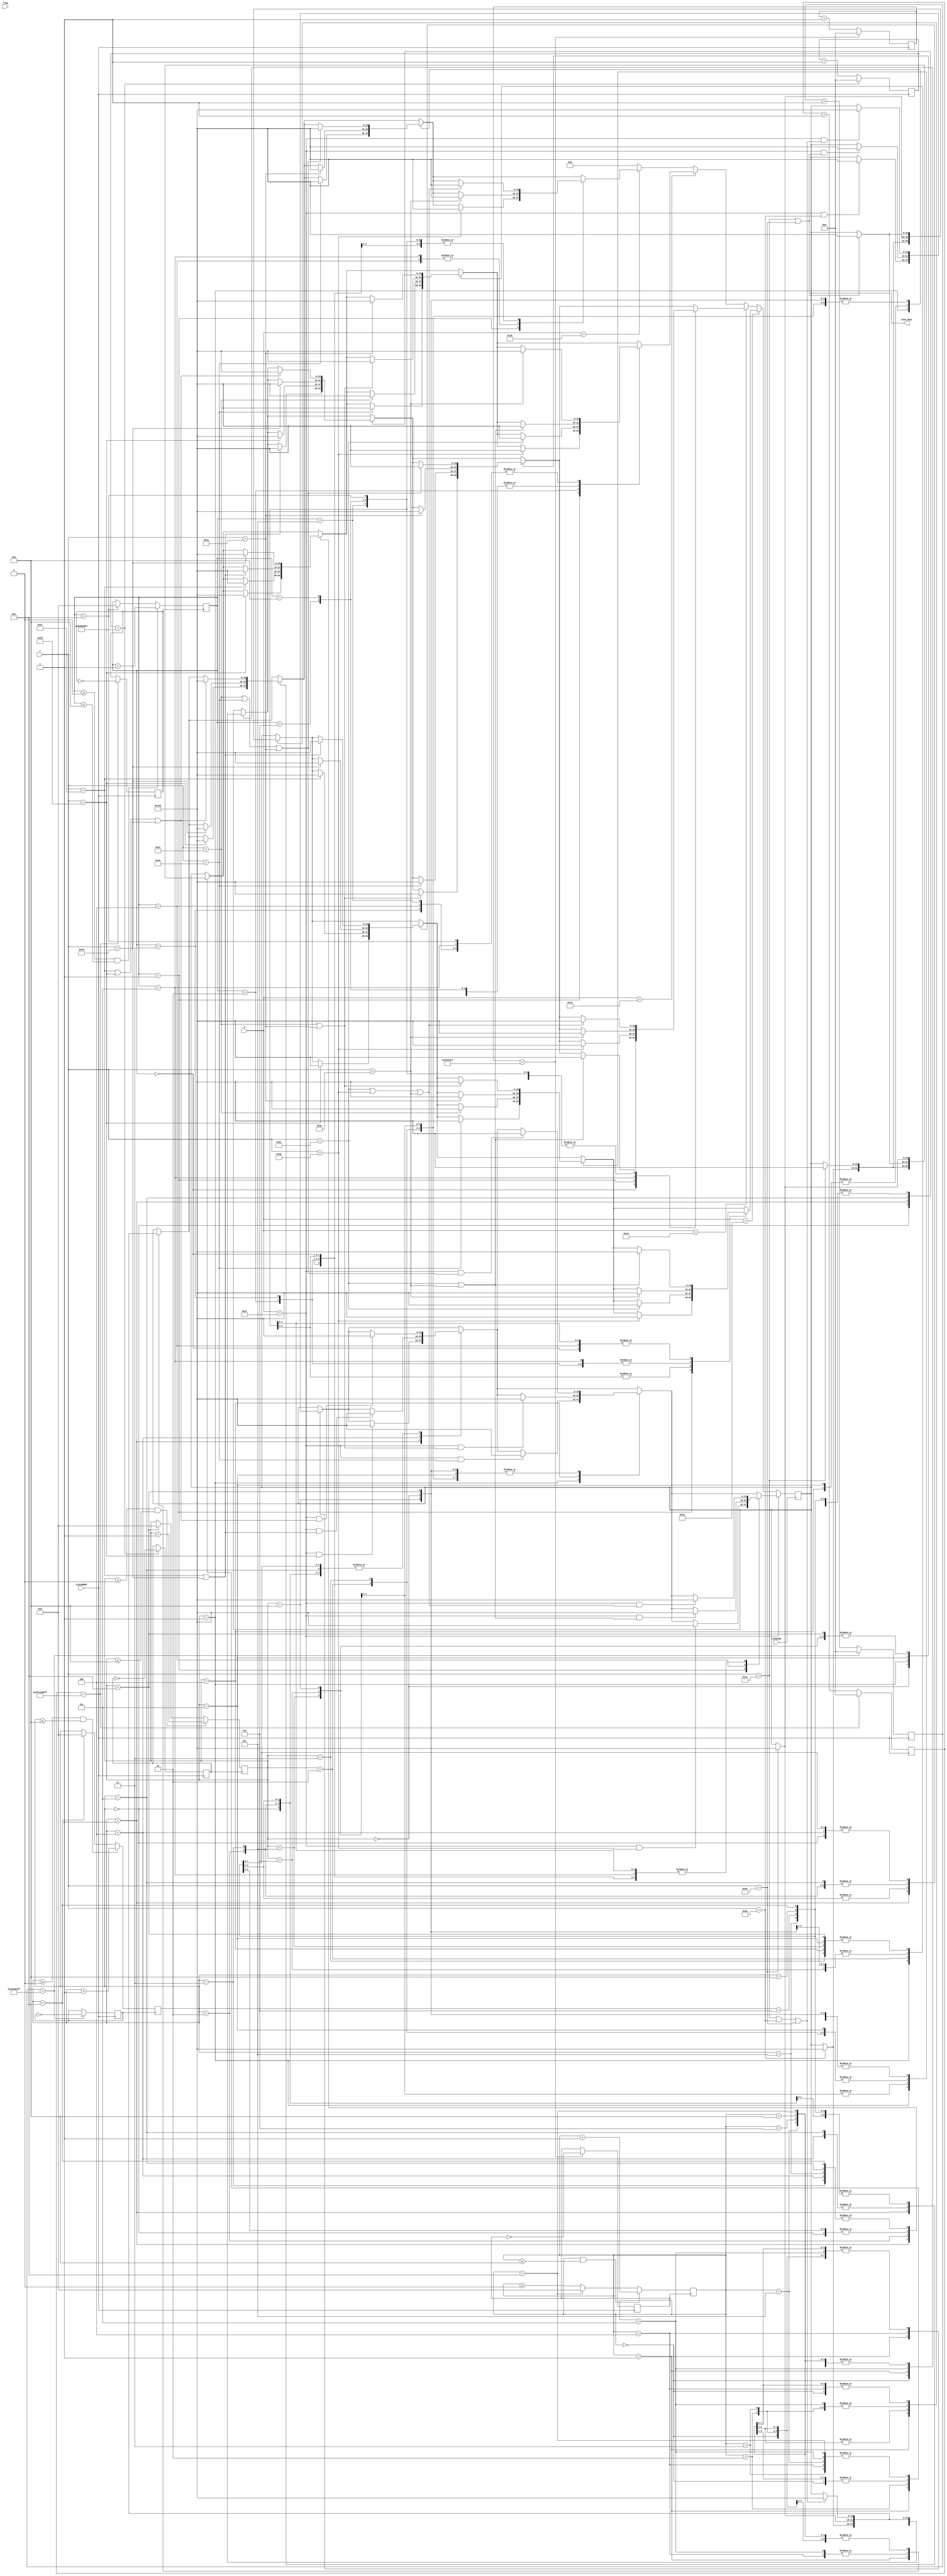
`timescale 1ns / 1ps
//////////////////////////////////////////////////////////////////////////////////
// Company: 
// Engineer: 
// 
// Design Name: 
// Module Name: clock_display
// Project Name: 
// Target Devices: 
// Tool Versions: 
// Description: 
// 
// Dependencies: 
// 
// Revision:
// Revision 0.01 - File Created
// Additional Comments:
// 
//////////////////////////////////////////////////////////////////////////////////


module clock_display(
    input CLK100MHZ,
    input clk6p25m,
    input [3:0] flag,
    input [6:0] x,
    input [5:0] y,
    
    output reg [15:0]oled_data  
    
    );
    reg [15:0] RED = 16'hF800, GREEN = 16'h07E0, YELLOW = 16'hFFE0;
    reg [34:0] sec0 = 35'd49999999;
    reg [34:0] sec1 = 35'd499999999;
    reg [34:0] min0 = 35'd2999999999;
    reg [34:0] min1 = 35'd29999999999;
    
    reg [34:0] countsec0 = 0;
    reg [34:0] countsec1 = 0;
    reg [34:0] countmin0 = 0;
    reg [34:0] countmin1 = 0;
    
    reg clksec0 = 0;
    reg clksec1 = 0;
    reg clkmin0 = 0;
    reg clkmin1 = 0;
    
    reg [3:0] sec0_cases = 0;
        reg [3:0] sec1_cases = 0;
            reg [3:0] min0_cases = 0;
                reg [3:0] min1_cases = 0;
    always @ (posedge CLK100MHZ) begin
        countsec0 <= (countsec0 == sec0) ? 0 : countsec0 + 1;
        clksec0 <= (countsec0 == sec0) ? ~clksec0 : clksec0;
        
        countsec1 <= (countsec1 == sec1) ? 0 : countsec1 + 1;
        clksec1 <= (countsec1 == sec1) ? ~clksec1 : clksec1;      
        
        countmin0 <= (countmin0 == min0) ? 0 : countmin0 + 1;
        clkmin0 <= (countmin0 == min0) ? ~clkmin0 : clkmin0;
        
        countmin1 <= (countmin1 == min1) ? 0 : countmin1 + 1;
        clkmin1 <= (countmin1 == min1) ? ~clkmin1 : clkmin1;
        
    end
    
    always @ (posedge clksec0) begin
        if (sec0_cases >= 0 && sec0_cases <= 8)
        sec0_cases <= sec0_cases + 1;
        else if (sec0_cases == 9)
        sec0_cases <= 0;
    end     
    always @ (posedge clksec1) begin
        if (sec1_cases >= 0 && sec1_cases <= 8)
        sec1_cases <= sec1_cases + 1;
        else if (sec1_cases == 9)
        sec1_cases <= 0;
    end   
    always @ (posedge clkmin0) begin
        if (min0_cases >= 0 && min0_cases <= 8)
        min0_cases <= min0_cases + 1;
        else if (min0_cases == 9)
        min0_cases <= 0;
    end   
    always @ (posedge clkmin1) begin
        if (min1_cases >= 0 && min1_cases <= 8)
        min1_cases <= min1_cases + 1;
        else if (min1_cases == 9)
        min1_cases <= 0;
    end    
    
    always @ (posedge clk6p25m) begin
        if (y == 17) begin
            case (sec0_cases)
                0 : begin
                    if ((y == 17) && (x == 76 || x == 77 || x == 78)) begin
                        oled_data <= GREEN;
                    end
                    end
                1 : begin
                    if ((y == 17) &&(x == 77)) begin
                        oled_data <= GREEN;
                    end
                    end
                2 : begin
                    if ((y == 17) &&(x == 76 || x == 77 || x == 78)) begin
                        oled_data <= GREEN;
                    end
                    end
                3 : begin
                    if ((y == 17) &&(x == 76 || x == 77 || x == 78)) begin
                        oled_data <= GREEN;
                    end
                    end
                4 : begin
                    if ((y == 17) &&(x == 76 || x == 78)) begin
                        oled_data <= GREEN;
                    end
                    end       
                5 : begin
                    if ((y == 17) &&(x == 76 || x == 77 || x == 78)) begin
                        oled_data <= GREEN;
                    end
                    end         
                6 : begin
                    if ((y == 17) &&(x == 76 || x == 77 || x == 78)) begin
                        oled_data <= GREEN;
                    end
                    end     
                7 : begin
                    if ((y == 17) &&(x == 76 || x == 77 || x == 78)) begin
                        oled_data <= GREEN;
                    end
                    end         
                8 : begin
                    if ((y == 17) &&(x == 76 || x == 77 || x == 78)) begin
                        oled_data <= GREEN;
                    end
                    end         
                9 : begin
                    if ((y == 17) &&(x == 76 || x == 77 || x == 78)) begin
                        oled_data <= GREEN;
                    end
                    end                                          
            endcase
            case (sec1_cases)
                0 : begin
                    if ((y == 17) &&(x == 71 || x == 72 || x == 73)) begin
                        oled_data <= GREEN;
                    end
                    end
                1 : begin
                    if ((y == 17) &&(x == 72)) begin
                        oled_data <= GREEN;
                    end
                    end
                2 : begin
                    if ((y == 17) &&(x == 71 || x == 72 || x == 73)) begin
                        oled_data <= GREEN;
                    end
                    end
                3 : begin
                    if ((y == 17) &&(x == 71 || x == 72 || x == 73)) begin
                        oled_data <= GREEN;
                    end
                    end
                4 : begin
                    if ((y == 17) &&(x == 71 || x == 73)) begin
                        oled_data <= GREEN;
                    end
                    end       
                5 : begin
                    if ((y == 17) &&(x == 71 || x == 72 || x == 73)) begin
                        oled_data <= GREEN;
                    end
                    end         
                6 : begin
                    if ((y == 17) &&(x == 71 || x == 72 || x == 73)) begin
                        oled_data <= GREEN;
                    end
                    end     
                7 : begin
                    if ((y == 17) &&(x == 71 || x == 72 || x == 73)) begin
                        oled_data <= GREEN;
                    end
                    end         
                8 : begin
                    if ((y == 17) &&(x == 71 || x == 72 || x == 73)) begin
                        oled_data <= GREEN;
                    end
                    end         
                9 : begin
                    if ((y == 17) &&(x == 71 || x == 72 || x == 73)) begin
                        oled_data <= GREEN;
                    end
                    end                                          
            endcase
            case (min0_cases)
                0 : begin
                    if ((y == 17) &&(x == 65 || x == 66 || x == 67)) begin
                        oled_data <= GREEN;
                    end
                    end
                1 : begin
                    if ((y == 17) &&(x == 66)) begin
                        oled_data <= GREEN;
                    end
                    end
                2 : begin
                    if ((y == 17) &&(x == 65 || x == 66 || x == 67)) begin
                        oled_data <= GREEN;
                    end
                    end
                3 : begin
                    if ((y == 17) &&(x == 65 || x == 66 || x == 67)) begin
                        oled_data <= GREEN;
                    end
                    end
                4 : begin
                    if ((y == 17) &&(x == 65 || x == 67)) begin
                        oled_data <= GREEN;
                    end
                    end       
                5 : begin
                    if ((y == 17) &&(x == 65 || x == 66 || x == 67)) begin
                        oled_data <= GREEN;
                    end
                    end         
                6 : begin
                    if ((y == 17) &&(x == 65 || x == 66 || x == 67)) begin
                        oled_data <= GREEN;
                    end
                    end     
                7 : begin
                    if ((y == 17) &&(x == 65 || x == 66|| x == 67)) begin
                        oled_data <= GREEN;
                    end
                    end         
                8 : begin
                    if ((y == 17) &&(x == 65 || x == 66 || x == 67)) begin
                        oled_data <= GREEN;
                    end
                    end         
                9 : begin
                    if ((y == 17) &&(x == 65 || x == 66 || x == 67)) begin
                        oled_data <= GREEN;
                    end
                    end                                          
            endcase
            case (min1_cases)
                0 : begin
                    if ((y == 17) &&(x == 60 || x == 61 || x == 62)) begin
                        oled_data <= GREEN;
                    end
                    end
                1 : begin
                    if ((y == 17) &&(x == 61)) begin
                        oled_data <= GREEN;
                    end
                    end
                2 : begin
                    if ((y == 17) &&(x == 60 || x == 61 || x == 62)) begin
                        oled_data <= GREEN;
                    end
                    end
                3 : begin
                    if ((y == 17) &&(x == 60 || x == 61 || x == 62)) begin
                        oled_data <= GREEN;
                    end
                    end
                4 : begin
                    if ((y == 17) &&(x == 60 || x == 62)) begin
                        oled_data <= GREEN;
                    end
                    end       
                5 : begin
                    if ((y == 17) &&(x == 60 || x == 61 || x == 62)) begin
                        oled_data <= GREEN;
                    end
                    end         
                6 : begin
                    if ((y == 17) &&(x == 60 || x == 61 || x == 62)) begin
                        oled_data <= GREEN;
                    end
                    end     
                7 : begin
                    if ((y == 17) &&(x == 60 || x == 61 || x == 62)) begin
                        oled_data <= GREEN;
                    end
                    end         
                8 : begin
                    if ((y == 17) &&(x == 60 || x == 61 || x == 62)) begin
                        oled_data <= GREEN;
                    end
                    end         
                9 : begin
                    if ((y == 17) &&(x == 60 || x == 61 || x == 62)) begin
                        oled_data <= GREEN;
                    end
                    end                                          
            endcase
        end
 //------------------------------------------------------------------------------------------------------       
 //------------------------------------------------------------------------------------------------------       
 //------------------------------------------------------------------------------------------------------       
 //------------------------------------------------------------------------------------------------------       
 //------------------------------------------------------------------------------------------------------       
 //------------------------------------------------------------------------------------------------------       
 //------------------------------------------------------------------------------------------------------       
        else if (y == 18) begin
            case (sec0_cases)
                0 : begin
                    if ((x == 76 || x == 78)) begin
                        oled_data <= GREEN;
                    end
                    end
                1 : begin
                    if ((x == 77)) begin
                        oled_data <= GREEN;
                    end
                    end
                2 : begin
                    if ((x == 78)) begin
                        oled_data <= GREEN;
                    end
                    end
                3 : begin
                    if ((x == 78)) begin
                        oled_data <= GREEN;
                    end
                    end
                4 : begin
                    if ((x == 76 || x == 78)) begin
                        oled_data <= GREEN;
                    end
                    end       
                5 : begin
                    if ((x == 76)) begin
                        oled_data <= GREEN;
                    end
                    end         
                6 : begin
                    if ((x == 76)) begin
                        oled_data <= GREEN;
                    end
                    end     
                7 : begin
                    if ((x == 78)) begin
                        oled_data <= GREEN;
                    end
                    end         
                8 : begin
                    if ((x == 76 || x == 78)) begin
                        oled_data <= GREEN;
                    end
                    end         
                9 : begin
                    if ((x == 76 || x == 78)) begin
                        oled_data <= GREEN;
                    end
                    end                                          
            endcase
            case (sec1_cases)
                0 : begin
                    if ((x == 71 || x == 73)) begin
                        oled_data <= GREEN;
                    end
                    end
                1 : begin
                    if ((x == 72)) begin
                        oled_data <= GREEN;
                    end
                    end
                2 : begin
                    if ((x == 73)) begin
                        oled_data <= GREEN;
                    end
                    end
                3 : begin
                    if ((x == 73)) begin
                        oled_data <= GREEN;
                    end
                    end
                4 : begin
                    if ((x == 71 || x == 73)) begin
                        oled_data <= GREEN;
                    end
                    end       
                5 : begin
                    if ((x == 71)) begin
                        oled_data <= GREEN;
                    end
                    end         
                6 : begin
                    if ((x == 71)) begin
                        oled_data <= GREEN;
                    end
                    end     
                7 : begin
                    if ((x == 73)) begin
                        oled_data <= GREEN;
                    end
                    end         
                8 : begin
                    if ((x == 71 || x == 73)) begin
                        oled_data <= GREEN;
                    end
                    end         
                9 : begin
                    if ((x == 71 || x == 73)) begin
                        oled_data <= GREEN;
                    end
                    end                                          
            endcase
            case (min0_cases)
                0 : begin
                    if ((x == 65 || x == 67)) begin
                        oled_data <= GREEN;
                    end
                    end
                1 : begin
                    if ((x == 66)) begin
                        oled_data <= GREEN;
                    end
                    end
                2 : begin
                    if ((x == 67)) begin
                        oled_data <= GREEN;
                    end
                    end
                3 : begin
                    if ((x == 67)) begin
                        oled_data <= GREEN;
                    end
                    end
                4 : begin
                    if ((x == 65 || x == 67)) begin
                        oled_data <= GREEN;
                    end
                    end       
                5 : begin
                    if ((x == 65)) begin
                        oled_data <= GREEN;
                    end
                    end         
                6 : begin
                    if ((x == 65)) begin
                        oled_data <= GREEN;
                    end
                    end     
                7 : begin
                    if ((x == 67)) begin
                        oled_data <= GREEN;
                    end
                    end         
                8 : begin
                    if ((x == 65 || x == 67)) begin
                        oled_data <= GREEN;
                    end
                    end         
                9 : begin
                    if ((x == 65 || x == 67)) begin
                        oled_data <= GREEN;
                    end
                    end                                          
            endcase
            case (min1_cases)
                0 : begin
                    if ((x == 60 || x == 62)) begin
                        oled_data <= GREEN;
                    end
                    end
                1 : begin
                    if ((x == 61)) begin
                        oled_data <= GREEN;
                    end
                    end
                2 : begin
                    if ((x == 62)) begin
                        oled_data <= GREEN;
                    end
                    end
                3 : begin
                    if ((x == 62)) begin
                        oled_data <= GREEN;
                    end
                    end
                4 : begin
                    if ((x == 60 || x == 62)) begin
                        oled_data <= GREEN;
                    end
                    end       
                5 : begin
                    if ((x == 60)) begin
                        oled_data <= GREEN;
                    end
                    end         
                6 : begin
                    if ((x == 60)) begin
                        oled_data <= GREEN;
                    end
                    end     
                7 : begin
                    if ((x == 62)) begin
                        oled_data <= GREEN;
                    end
                    end         
                8 : begin
                    if ((x == 60 || x == 62)) begin
                        oled_data <= GREEN;
                    end
                    end         
                9 : begin
                    if ((x == 60 || x == 62)) begin
                        oled_data <= GREEN;
                    end
                    end                                          
            endcase
        end        
//------------------------------------------------------------------------------------------------
//------------------------------------------------------------------------------------------------
//------------------------------------------------------------------------------------------------
//------------------------------------------------------------------------------------------------
//------------------------------------------------------------------------------------------------
        else if (y == 19) begin
    case (sec0_cases)
        0 : begin
            if ((x == 76 || x == 78)) begin
                oled_data <= GREEN;
            end
            end
        1 : begin
            if ((x == 77)) begin
                oled_data <= GREEN;
            end
            end
        2 : begin
            if ((x == 76 || x == 77 || x == 78)) begin
                oled_data <= GREEN;
            end
            end
        3 : begin
            if ((x == 76 || x == 77 || x == 78)) begin
                oled_data <= GREEN;
            end
            end
        4 : begin
            if ((x == 76 || x == 77 || x == 78)) begin
                oled_data <= GREEN;
            end
            end       
        5 : begin
            if ((x == 76 || x == 77 || x == 78)) begin
                oled_data <= GREEN;
            end
            end         
        6 : begin
            if ((x == 76 || x == 77 || x == 78)) begin
                oled_data <= GREEN;
            end
            end     
        7 : begin
            if ((x == 78)) begin
                oled_data <= GREEN;
            end
            end         
        8 : begin
            if ((x == 76 || x == 77 || x == 78)) begin
                oled_data <= GREEN;
            end
            end         
        9 : begin
            if ((x == 76 || x == 77 || x == 78)) begin
                oled_data <= GREEN;
            end
            end                                          
    endcase
    case (sec1_cases)
        0 : begin
            if ((x == 71 || x == 73)) begin
                oled_data <= GREEN;
            end
            end
        1 : begin
            if ((x == 72)) begin
                oled_data <= GREEN;
            end
            end
        2 : begin
            if ((x == 71 || x == 72 || x == 73)) begin
                oled_data <= GREEN;
            end
            end
        3 : begin
            if ((x == 71 || x == 72 || x == 73)) begin
                oled_data <= GREEN;
            end
            end
        4 : begin
            if ((x == 71 || x == 72 || x == 73)) begin
                oled_data <= GREEN;
            end
            end       
        5 : begin
            if ((x == 71 || x == 72 || x == 73)) begin
                oled_data <= GREEN;
            end
            end         
        6 : begin
            if ((x == 71 || x == 72 || x == 73)) begin
                oled_data <= GREEN;
            end
            end     
        7 : begin
            if ((x == 73)) begin
                oled_data <= GREEN;
            end
            end         
        8 : begin
            if ((x == 71 || x == 72 || x == 73)) begin
                oled_data <= GREEN;
            end
            end         
        9 : begin
            if ((x == 71 || x == 72 || x == 73)) begin
                oled_data <= GREEN;
            end
            end                                          
    endcase
    case (min0_cases)
        0 : begin
            if ((x == 65 || x == 67)) begin
                oled_data <= GREEN;
            end
            end
        1 : begin
            if ((x == 66)) begin
                oled_data <= GREEN;
            end
            end
        2 : begin
            if ((x == 65 || x == 66 || x == 67)) begin
                oled_data <= GREEN;
            end
            end
        3 : begin
            if ((x == 65 || x == 66 || x == 67)) begin
                oled_data <= GREEN;
            end
            end
        4 : begin
            if ((x == 65 || x == 66 || x == 67)) begin
                oled_data <= GREEN;
            end
            end       
        5 : begin
            if ((x == 65 || x == 66 || x == 67)) begin
                oled_data <= GREEN;
            end
            end         
        6 : begin
            if ((x == 65 || x == 66 || x == 67)) begin
                oled_data <= GREEN;
            end
            end     
        7 : begin
            if ((x == 67)) begin
                oled_data <= GREEN;
            end
            end         
        8 : begin
            if ((x == 65 || x == 66 || x == 67)) begin
                oled_data <= GREEN;
            end
            end         
        9 : begin
            if ((x == 65 || x == 66 || x == 67)) begin
                oled_data <= GREEN;
            end
            end                                          
    endcase
    case (min1_cases)
        0 : begin
            if ((x == 60 ||x == 62)) begin
                oled_data <= GREEN;
            end
            end
        1 : begin
            if ((x == 61)) begin
                oled_data <= GREEN;
            end
            end
        2 : begin
            if ((x == 60 || x == 61 || x == 62)) begin
                oled_data <= GREEN;
            end
            end
        3 : begin
            if ((x == 60 || x == 61 || x == 62)) begin
                oled_data <= GREEN;
            end
            end
        4 : begin
            if ((x == 60 || x == 61 || x == 62)) begin
                oled_data <= GREEN;
            end
            end       
        5 : begin
            if ((x == 60 || x == 61 || x == 62)) begin
                oled_data <= GREEN;
            end
            end         
        6 : begin
            if ((x == 60 || x == 61 || x == 62)) begin
                oled_data <= GREEN;
            end
            end     
        7 : begin
            if ((x == 62)) begin
                oled_data <= GREEN;
            end
            end         
        8 : begin
            if ((x == 60 || x == 61 || x == 62)) begin
                oled_data <= GREEN;
            end
            end         
        9 : begin
            if ((x == 60 || x == 61 || x == 62)) begin
                oled_data <= GREEN;
            end
            end                                          
    endcase
end
//------------------------------------------------------------------------------------------------
//------------------------------------------------------------------------------------------------
//------------------------------------------------------------------------------------------------
//------------------------------------------------------------------------------------------------
//------------------------------------------------------------------------------------------------
        else if (y == 20) begin
    case (sec0_cases)
        0 : begin
            if ((x == 76 || x == 78)) begin
                oled_data <= GREEN;
            end
            end
        1 : begin
            if ((x == 77)) begin
                oled_data <= GREEN;
            end
            end
        2 : begin
            if ((x == 76 )) begin
                oled_data <= GREEN;
            end
            end
        3 : begin
            if ((x == 78)) begin
                oled_data <= GREEN;
            end
            end
        4 : begin
            if ((x == 78)) begin
                oled_data <= GREEN;
            end
            end       
        5 : begin
            if ((x == 78)) begin
                oled_data <= GREEN;
            end
            end         
        6 : begin
            if ((x == 76 ||x == 78)) begin
                oled_data <= GREEN;
            end
            end     
        7 : begin
            if ((x == 78)) begin
                oled_data <= GREEN;
            end
            end         
        8 : begin
            if ((x == 76 ||x == 78)) begin
                oled_data <= GREEN;
            end
            end         
        9 : begin
            if ((x == 78)) begin
                oled_data <= GREEN;
            end
            end                                          
    endcase
    case (sec1_cases)
        0 : begin
            if ((x == 71 ||x == 73)) begin
                oled_data <= GREEN;
            end
            end
        1 : begin
            if ((x == 72)) begin
                oled_data <= GREEN;
            end
            end
        2 : begin
            if ((x == 71 )) begin
                oled_data <= GREEN;
            end
            end
        3 : begin
            if ((x == 73)) begin
                oled_data <= GREEN;
            end
            end
        4 : begin
            if ((x == 73)) begin
                oled_data <= GREEN;
            end
            end       
        5 : begin
            if ((x == 73)) begin
                oled_data <= GREEN;
            end
            end         
        6 : begin
            if ((x == 71 || x == 73)) begin
                oled_data <= GREEN;
            end
            end     
        7 : begin
            if ((x == 73)) begin
                oled_data <= GREEN;
            end
            end         
        8 : begin
            if ((x == 71 ||x == 73)) begin
                oled_data <= GREEN;
            end
            end         
        9 : begin
            if ((x == 73)) begin
                oled_data <= GREEN;
            end
            end                                          
    endcase
    case (min0_cases)
        0 : begin
            if ((x == 65 ||x == 67)) begin
                oled_data <= GREEN;
            end
            end
        1 : begin
            if ((x == 66)) begin
                oled_data <= GREEN;
            end
            end
        2 : begin
            if ((x == 65 )) begin
                oled_data <= GREEN;
            end
            end
        3 : begin
            if ((x == 67)) begin
                oled_data <= GREEN;
            end
            end
        4 : begin
            if ((x == 67)) begin
                oled_data <= GREEN;
            end
            end       
        5 : begin
            if ((x == 67)) begin
                oled_data <= GREEN;
            end
            end         
        6 : begin
            if ((x == 65 || x == 67)) begin
                oled_data <= GREEN;
            end
            end     
        7 : begin
            if ((x == 67)) begin
                oled_data <= GREEN;
            end
            end         
        8 : begin
            if ((x == 65 ||x == 67)) begin
                oled_data <= GREEN;
            end
            end         
        9 : begin
            if ((x == 67)) begin
                oled_data <= GREEN;
            end
            end                                          
    endcase
    case (min1_cases)
        0 : begin
            if ((x == 60 ||x == 62)) begin
                oled_data <= GREEN;
            end
            end
        1 : begin
            if ((x == 61)) begin
                oled_data <= GREEN;
            end
            end
        2 : begin
            if ((x == 60 )) begin
                oled_data <= GREEN;
            end
            end
        3 : begin
            if ((x == 62)) begin
                oled_data <= GREEN;
            end
            end
        4 : begin
            if ((x == 62)) begin
                oled_data <= GREEN;
            end
            end       
        5 : begin
            if ((x == 62)) begin
                oled_data <= GREEN;
            end
            end         
        6 : begin
            if ((x == 60 ||x == 62)) begin
                oled_data <= GREEN;
            end
            end     
        7 : begin
            if ((x == 62)) begin
                oled_data <= GREEN;
            end
            end         
        8 : begin
            if ((x == 60 || x == 62)) begin
                oled_data <= GREEN;
            end
            end         
        9 : begin
            if ((x == 62)) begin
                oled_data <= GREEN;
            end
            end                                          
    endcase
end
//------------------------------------------------------------------------------------------------
//------------------------------------------------------------------------------------------------
//------------------------------------------------------------------------------------------------
//------------------------------------------------------------------------------------------------
//------------------------------------------------------------------------------------------------
//------------------------------------------------------------------------------------------------
//------------------------------------------------------------------------------------------------
//------------------------------------------------------------------------------------------------
//------------------------------------------------------------------------------------------------
//------------------------------------------------------------------------------------------------
        else if (y == 21) begin
    case (sec0_cases)
        0 : begin
            if ((x == 76 || x == 77 || x == 78)) begin
                oled_data <= GREEN;
            end
            end
        1 : begin
            if ((x == 77)) begin
                oled_data <= GREEN;
            end
            end
        2 : begin
            if ((x == 76 || x == 77 || x == 78)) begin
                oled_data <= GREEN;
            end
            end
        3 : begin
            if ((x == 76 || x == 77 || x == 78)) begin
                oled_data <= GREEN;
            end
            end
        4 : begin
            if ((x == 78)) begin
                oled_data <= GREEN;
            end
            end       
        5 : begin
            if ((x == 76 || x == 77 || x == 78)) begin
                oled_data <= GREEN;
            end
            end         
        6 : begin
            if ((x == 76 || x == 77 || x == 78)) begin
                oled_data <= GREEN;
            end
            end     
        7 : begin
            if ((x == 78)) begin
                oled_data <= GREEN;
            end
            end         
        8 : begin
            if ((x == 76 || x == 77 || x == 78)) begin
                oled_data <= GREEN;
            end
            end         
        9 : begin
            if ((x == 76 || x == 77 || x == 78)) begin
                oled_data <= GREEN;
            end
            end                                          
    endcase
    case (sec1_cases)
        0 : begin
            if ((x == 71 || x == 72 || x == 73)) begin
                oled_data <= GREEN;
            end
            end
        1 : begin
            if ((x == 72)) begin
                oled_data <= GREEN;
            end
            end
        2 : begin
            if ((x == 71 || x == 72 || x == 73)) begin
                oled_data <= GREEN;
            end
            end
        3 : begin
            if ((x == 71 || x == 72 || x == 73)) begin
                oled_data <= GREEN;
            end
            end
        4 : begin
            if ((x == 73)) begin
                oled_data <= GREEN;
            end
            end       
        5 : begin
            if ((x == 71 || x == 72 || x == 73)) begin
                oled_data <= GREEN;
            end
            end         
        6 : begin
            if ((x == 71 || x == 72 || x == 73)) begin
                oled_data <= GREEN;
            end
            end     
        7 : begin
            if ((x == 73)) begin
                oled_data <= GREEN;
            end
            end         
        8 : begin
            if ((x == 71 || x == 72 || x == 73)) begin
                oled_data <= GREEN;
            end
            end         
        9 : begin
            if ((x == 71 || x == 72 || x == 73)) begin
                oled_data <= GREEN;
            end
            end                                          
    endcase
    case (min0_cases)
        0 : begin
            if ((x == 65 || x == 66 || x == 67)) begin
                oled_data <= GREEN;
            end
            end
        1 : begin
            if ((x == 66)) begin
                oled_data <= GREEN;
            end
            end
        2 : begin
            if ((x == 65 || x == 66 || x == 67)) begin
                oled_data <= GREEN;
            end
            end
        3 : begin
            if ((x == 65 || x == 66 || x == 67)) begin
                oled_data <= GREEN;
            end
            end
        4 : begin
            if ((x == 67)) begin
                oled_data <= GREEN;
            end
            end       
        5 : begin
            if ((x == 65 || x == 66 || x == 67)) begin
                oled_data <= GREEN;
            end
            end         
        6 : begin
            if ((x == 65 || x == 66 || x == 67)) begin
                oled_data <= GREEN;
            end
            end     
        7 : begin
            if ((x == 67)) begin
                oled_data <= GREEN;
            end
            end         
        8 : begin
            if ((x == 65 || x == 66 || x == 67)) begin
                oled_data <= GREEN;
            end
            end         
        9 : begin
            if ((x == 65 || x == 66 || x == 67)) begin
                oled_data <= GREEN;
            end
            end                                          
    endcase
    case (min1_cases)
        0 : begin
            if ((x == 60 || x == 61 || x == 62)) begin
                oled_data <= GREEN;
            end
            end
        1 : begin
            if ((x == 61)) begin
                oled_data <= GREEN;
            end
            end
        2 : begin
            if ((x == 60 || x == 61 || x == 62)) begin
                oled_data <= GREEN;
            end
            end
        3 : begin
            if ((x == 60 || x == 61 || x == 62)) begin
                oled_data <= GREEN;
            end
            end
        4 : begin
            if ((x == 62)) begin
                oled_data <= GREEN;
            end
            end       
        5 : begin
            if ((x == 60 || x == 61 || x == 62)) begin
                oled_data <= GREEN;
            end
            end         
        6 : begin
            if ((x == 60 || x == 61 || x == 62)) begin
                oled_data <= GREEN;
            end
            end     
        7 : begin
            if ((x == 62)) begin
                oled_data <= GREEN;
            end
            end         
        8 : begin
            if ((x == 60 || x == 61 || x == 62)) begin
                oled_data <= GREEN;
            end
            end         
        9 : begin
            if ((x == 60 || x == 61 || x == 62)) begin
                oled_data <= GREEN;
            end
            end                                          
    endcase
end
    else
        oled_data <= 0;

    end
            
    
endmodule